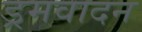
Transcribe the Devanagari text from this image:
ड्रमवादन